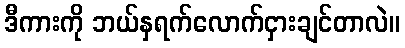
ဒီကားကို ဘယ်နှရက်လောက်ငှားချင်တာလဲ။